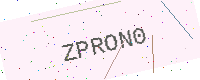
Text: ZPRON0